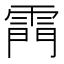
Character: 𮦗